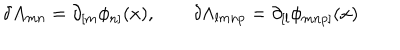
\delta A _ { m n } = \partial _ { [ m } \phi _ { n ] } ( x ) , \qquad \delta \Lambda _ { l m n p } = \partial _ { [ l } \phi _ { m n p ] } ( x )